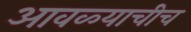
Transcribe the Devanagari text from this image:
आवळ्याचीच